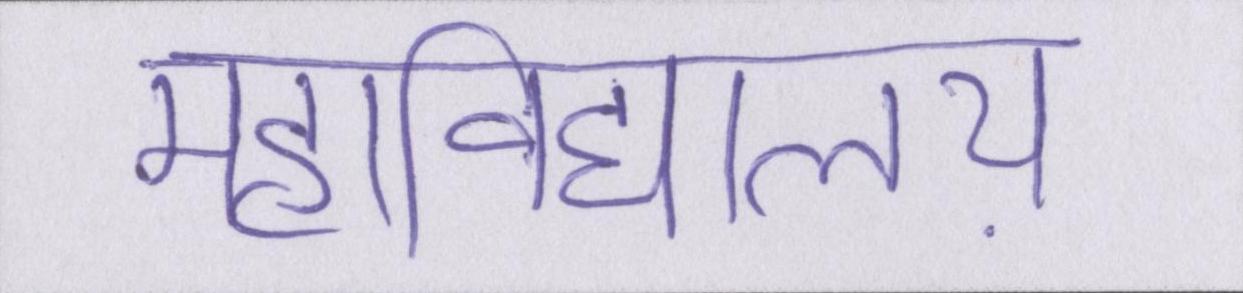
महाविद्यालय़